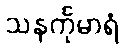
သနင်္ကုမာရံ